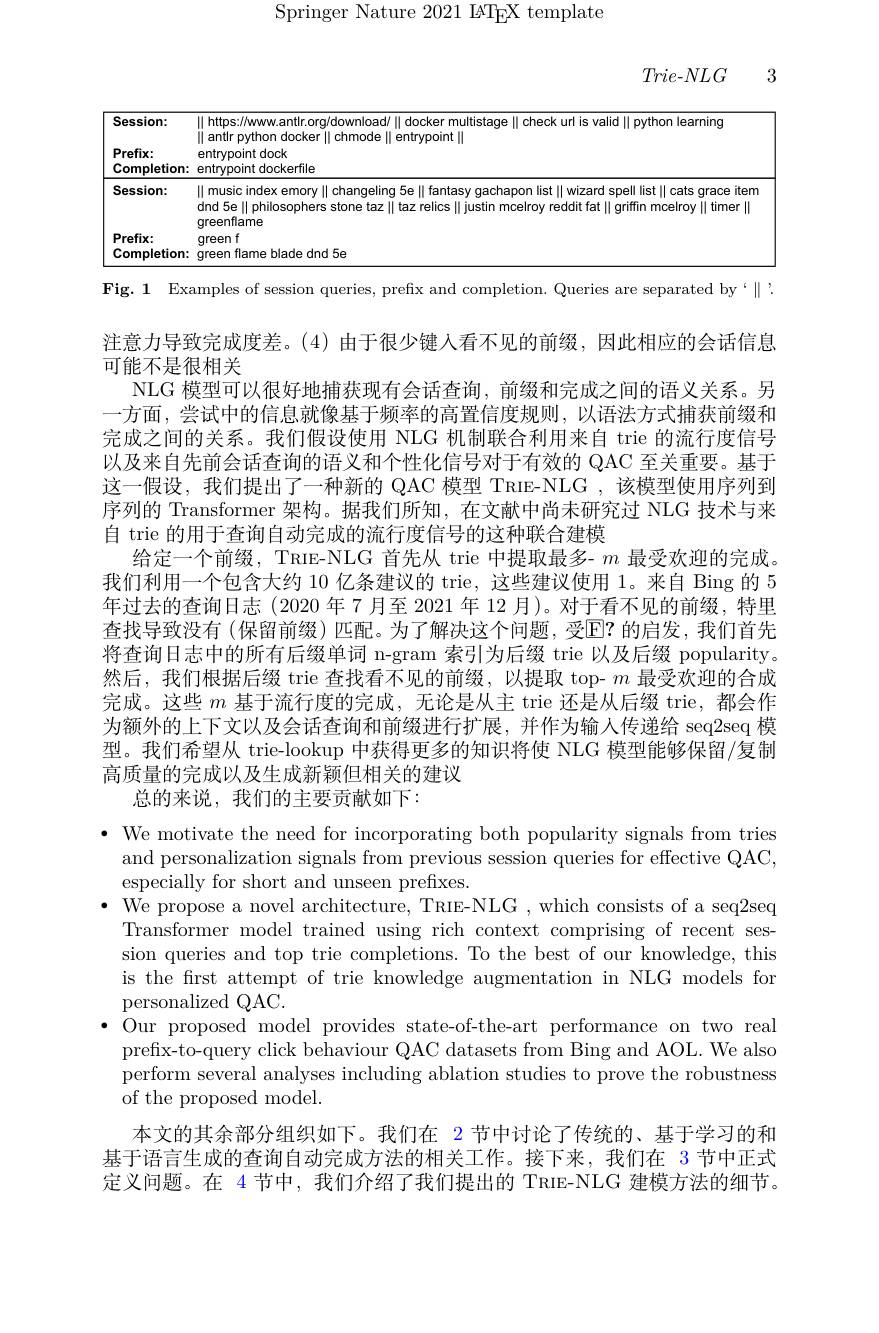
Springer Nature 2021 IATEX template

3

$Trie-NLG$

<table>
	<tbody>
		<tr>
			<th>Session: Prefix: Completion:</th>
			<th>$\|$ https://www.antlr.org/download/ $\|$ docker multistage $\|$ check url is valid $\|$ python learning $\|$ antlr python docker $\|$ chmode $\|$ entrypoint $\|$ entrypoint dock entrypoint dockerfile</th>
		</tr>
		<tr>
			<td>Session:</td>
			<td>$\|$ music index emory $\|$ changeling 5e $\|$ fantasy gachapon list $\|$ wizard spell list $\|$ cats grace item dnd 5e $\|$ philosophers stone taz $\|$ taz relics $\|$ justin mcelroy reddit fat $\|$ griffin mcelroy $\|$ timer $\|$ qreenflame</td>
		</tr>
		<tr>
			<td>Prefix: Completion:</td>
			<td>greenf qreen flame blade o dnd 5e</td>
		</tr>
	</tbody>
</table>

注意力导致完成度差。(4)由于很少键入看不见的前缀，因此相应的会话信息
可能不是很相关
NLG 模型可以很好地捕获现有会话查询，前缀和完成之间的语义关系。另一方面，尝试中的信息就像基于频率的高置信度规则，以语法方式捕获前缀和完成之间的关系。我们假设使用 NLG 机制联合利用来自 trie 的流行度信号以及来自先前会话查询的语义和个性化信号对于有效的 QAC 至关重要。基于这一假设，我们提出了一种新的 QAC 模型 TRIE-NLG ,该模型使用序列到序列的 Transformer 架构。据我们所知，在文献中尚未研究过 NLG 技术与来自 trie 的用于查询自动完成的流行度信号的这种联合建模
给定一个前缀，TRIE-NLG 首先从 trie 中提取最多- $m$最受欢迎的完成。我们利用一个包含大约 10 亿条建议的 trie, 这些建议使用 1。来自 Bing 的 5年过去的查询日志(2020 年 7 月至 2021 年 12 月)。对于看不见的前缀，特里查找导致没有 (保留前缀) 匹配。为了解决这个问题，受$\mathbb{E}?$ 的启发，我们首先将查询日志中的所有后缀单词 n-gram 索引为后缀 trie 以及后缀 popularity。然后，我们根据后缀 trie 查找看不见的前缀，以提取 top- $m$最受欢迎的合成完成。这些$m$基于流行度的完成，无论是从主 trie 还是从后缀 trie,都会作为额外的上下文以及会话查询和前缀进行扩展，并作为输入传递给 seq2seq 模型。我们希望从 trie-lookup 中获得更多的知识将使 NLG 模型能够保留/复制高质量的完成以及生成新颖但相关的建议
总的来说，我们的主要贡献如下：

· We motivate the need for incorporating both popularity signals from tries
and personalization signals from previous session queries for effective QAC,
especially for short and unseen prefixes
$\bullet$ We propose a novel architecture, TRIE-NLG , which consists of a seq2seq
Transformer model trained using rich context comprising of recent session queries and top trie completions. To the best of our knowledge, this is the frst attempt of trie knowledge augmentation in NLG models for personalized QAC.
$\bullet$ Our proposed model provides state-of-the-art performance on two real
prefix-to-query click behaviour QAC datasets from Bing and AOL. We also perform several analyses including ablation studies to prove the robustness of the proposed model.
本文的其余部分组织如下。我们在 2 节中讨论了传统的、基于学习的和基于语言生成的查询自动完成方法的相关工作。接下来，我们在 3 节中正式定义问题。在 4 节中，我们介绍了我们提出的 TRIE-NLG 建模方法的细节。